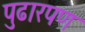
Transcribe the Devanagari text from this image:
पुढारपण